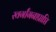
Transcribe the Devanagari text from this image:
स्वर्गांगनाप्राप्ति